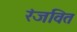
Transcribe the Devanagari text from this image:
रंजवित